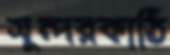
সুন্দরকাঠি